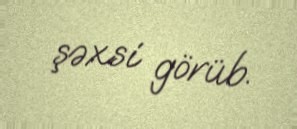
şəxsi görüb.